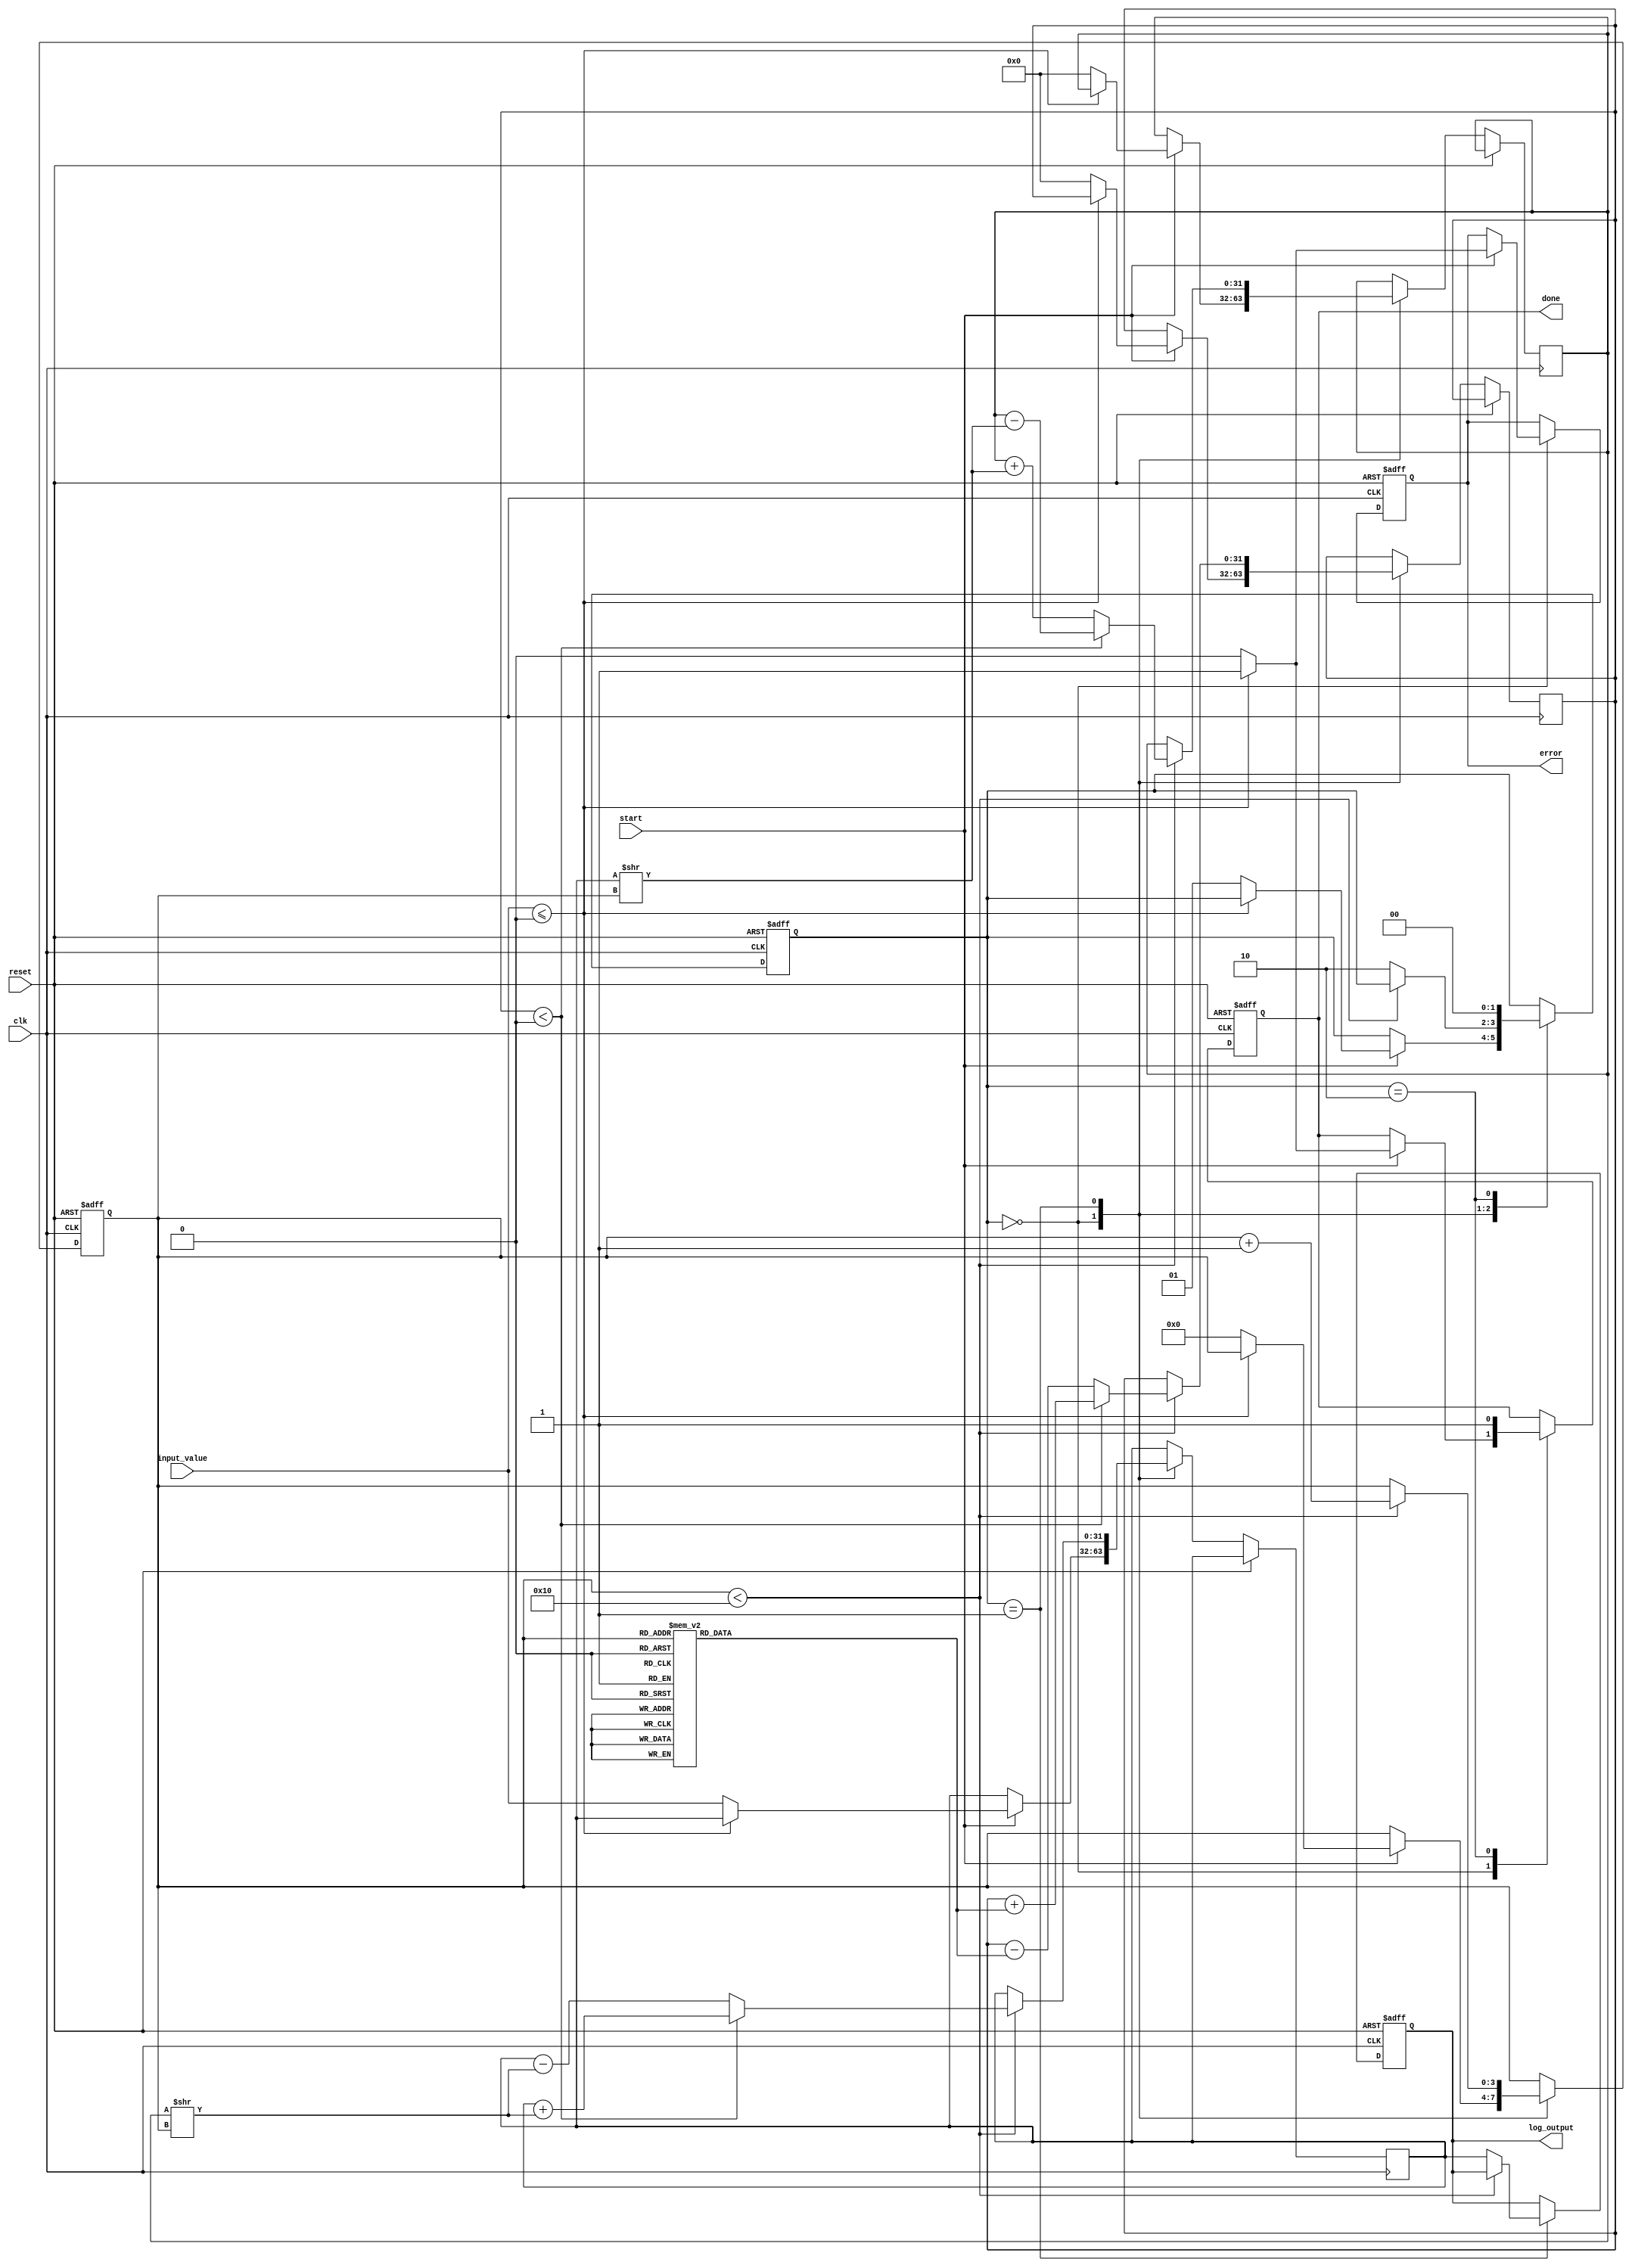
module cordic_logarithm (
    input wire clk,
    input wire reset,
    input wire start,
    input wire [31:0] input_value, // Assuming 32-bit fixed-point input
    output reg [31:0] log_output,   // 32-bit fixed-point output
    output reg done,
    output reg error
);

    // CORDIC parameters
    parameter MAX_ITERATIONS = 16;
    parameter ANGLE_TABLE_SIZE = 16;
    
    // Angle table (arctangent values in fixed-point format)
    reg [31:0] angle_table [0:ANGLE_TABLE_SIZE-1];
    initial begin
        angle_table[0] = 32'h00000000; // atan(2^0)
        angle_table[1] = 32'h0000003F; // atan(2^-1)
        angle_table[2] = 32'h0000001A; // atan(2^-2)
        angle_table[3] = 32'h0000000D; // atan(2^-3)
        angle_table[4] = 32'h00000009; // atan(2^-4)
        angle_table[5] = 32'h00000005; // atan(2^-5)
        angle_table[6] = 32'h00000003; // atan(2^-6)
        angle_table[7] = 32'h00000002; // atan(2^-7)
        angle_table[8] = 32'h00000001; // atan(2^-8)
        angle_table[9] = 32'h00000001; // atan(2^-9)
        angle_table[10] = 32'h00000000; // atan(2^-10)
        angle_table[11] = 32'h00000000; // atan(2^-11)
        angle_table[12] = 32'h00000000; // atan(2^-12)
        angle_table[13] = 32'h00000000; // atan(2^-13)
        angle_table[14] = 32'h00000000; // atan(2^-14)
        angle_table[15] = 32'h00000000; // atan(2^-15)
    end

    // Internal signals
    reg [31:0] x, y, z; // CORDIC variables
    reg [3:0] iteration_count;
    reg [1:0] state; // FSM state

    // State definitions
    localparam IDLE = 2'b00;
    localparam CALCULATE = 2'b01;
    localparam DONE = 2'b10;

    // FSM to control the CORDIC iterations
    always @(posedge clk or posedge reset) begin
        if (reset) begin
            state <= IDLE;
            done <= 0;
            error <= 0;
            iteration_count <= 0;
            log_output <= 32'b0;
        end else begin
            case (state)
                IDLE: begin
                    if (start) begin
                        if (input_value <= 32'b0) begin
                            error <= 1; // Invalid input
                            done <= 1;
                        end else begin
                            // Normalize input value
                            x <= input_value; // Assuming input_value is already normalized
                            y <= 32'b0; // Initial y
                            z <= 32'b0; // Initial z
                            iteration_count <= 0;
                            state <= CALCULATE;
                            done <= 0;
                            error <= 0;
                        end
                    end
                end
                CALCULATE: begin
                    if (iteration_count < MAX_ITERATIONS) begin
                        // CORDIC rotation logic
                        if (z < 0) begin
                            x <= x + (y >> iteration_count);
                            y <= y - (x >> iteration_count);
                            z <= z + angle_table[iteration_count];
                        end else begin
                            x <= x - (y >> iteration_count);
                            y <= y + (x >> iteration_count);
                            z <= z - angle_table[iteration_count];
                        end
                        iteration_count <= iteration_count + 1;
                    end else begin
                        // Finished all iterations
                        log_output <= x; // Final output (logarithm value)
                        state <= DONE;
                    end
                end
                DONE: begin
                    done <= 1; // Signal that the calculation is done
                    state <= IDLE; // Go back to IDLE state
                end
            endcase
        end
    end

endmodule